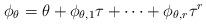
LaTeX: \begin{align*}\phi_{\theta}=\theta + \phi_{\theta,1}\tau + \dots + \phi_{\theta,r}\tau^r\end{align*}